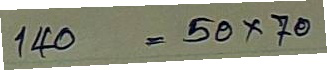
140 = 50 x 70